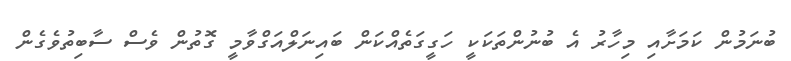
ބުނަމުން ކަމަށާއި މިހާރު އެ ބުނުންތަކަކީ ހަގީގަތެއްކަން ބައިނަލްއަގްވާމީ ގޮތުން ވެސް ސާބިތުވެގެން